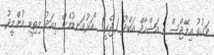
ވަގުތު އިމޭޖްސް : އަޝްހާދް އަބްދު (ޖެރީ) "އަޅުގަނޑުމެން މިއަދު މިތިބީ އުންމީދު